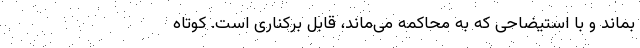
بماند و با استیضاحی که به محاکمه می‌ماند، قابل برکناری است. کوتاه